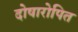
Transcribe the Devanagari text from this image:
दोषारोपित